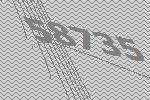
58735